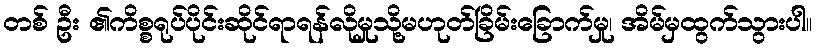
တစ် ဦး ၏ကိစ္စရုပ်ပိုင်းဆိုင်ရာရန်လိုမှုသို့မဟုတ်ခြိမ်းခြောက်မှု၊ အိမ်မှထွက်သွားပါ။